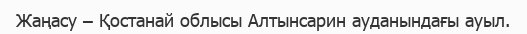
Жаңасу – Қостанай облысы Алтынсарин ауданындағы ауыл.